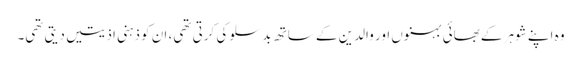
وہ اپنے شوہر کے بھائی بہنوں اور والدین کے ساتھ بدسلوکی کرتی تھی، ان کو ذہنی اذیتیں دیتی تھی۔